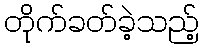
တိုက်ခတ်ခဲ့သည့်